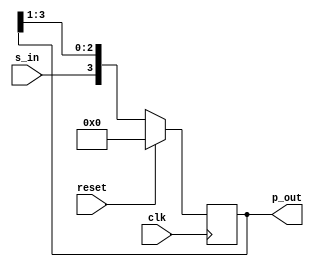
//SIPO Converter
module sipo (clk,reset,s_in,p_out);
input clk,reset;
input s_in; 
output [3:0]p_out;

reg [3:0]data;
always @ (posedge clk)
begin
if(reset)
	begin
	data<=4'd0 ;
	end
else
	begin
	data<= {s_in,data[3:1]}; // LSB input first
	end
end
assign p_out=data;
endmodule